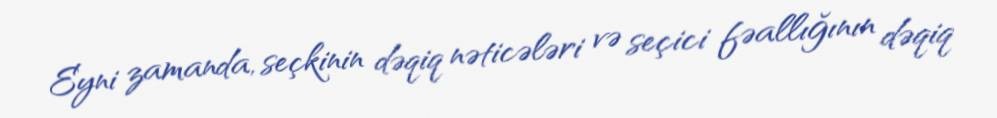
Eyni zamanda, seçkinin dəqiq nəticələri və seçici fəallığının dəqiq